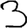
Digit: 3